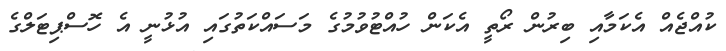
ކުއްޖެއް އެކަމާއި ބިރުން ރޯތީ އެކަން ހުއްޓުވުމުގެ މަސައްކަތުގައި އުޅުނީ އެ ހޮސްޕިޓަލްގެ